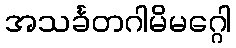
အသင်္ခတဂါမိမဂ္ဂေါ